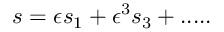
\begin{array} { r } { s = \epsilon s _ { 1 } + \epsilon ^ { 3 } s _ { 3 } + . . . . . } \end{array}